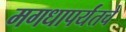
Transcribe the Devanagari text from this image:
मगधापर्यंतचे